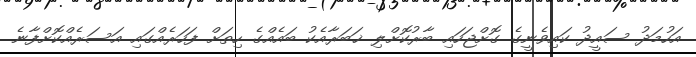
އަހުމަދު ސައީދު ކައިވެނީގެ ގޮށްޖަހައި ބާރުކޮށްލި ޚަބަރާއެކު ބައެއްގެ ހިތަށް ފަހަރެއްގައި އަސަރެއްކޮށްފާނެ